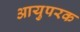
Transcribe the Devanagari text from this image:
आयुपरक